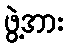
ဖွဲ့အား